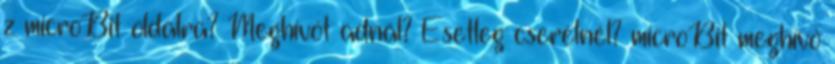
z microBit oldalra? Meghívót adnál? Esetleg cserélnél? microBit meghívó